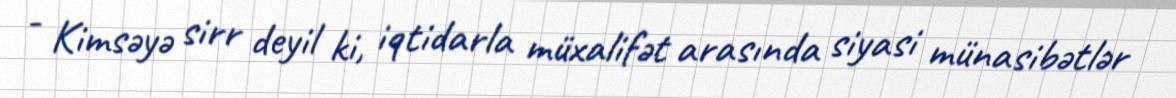
- Kimsəyə sirr deyil ki, iqtidarla müxalifət arasında siyasi münasibətlər